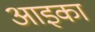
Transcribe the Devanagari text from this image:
आइका